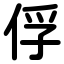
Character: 俘